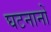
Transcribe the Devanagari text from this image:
घटनानों